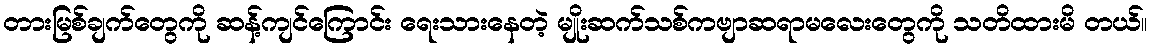
တားမြစ်ချက်တွေကို ဆန့်ကျင်ကြောင်း ရေးသားနေတဲ့ မျိုးဆက်သစ်ကဗျာဆရာမလေးတွေကို သတိထားမိ တယ်။